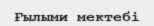
Ғылыми мектебі